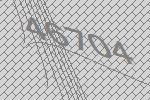
46704